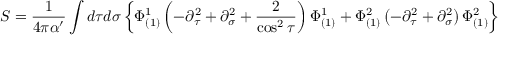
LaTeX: { \cal S } = \frac { 1 } { 4 \pi \alpha ^ { \prime } } \int d \tau d \sigma \left\{ \Phi _ { ( 1 ) } ^ { 1 } \left( - \partial _ { \tau } ^ { 2 } + \partial _ { \sigma } ^ { 2 } + \frac { 2 } { \cos ^ { 2 } \tau } \right) \Phi _ { ( 1 ) } ^ { 1 } + \Phi _ { ( 1 ) } ^ { 2 } \left( - \partial _ { \tau } ^ { 2 } + \partial _ { \sigma } ^ { 2 } \right) \Phi _ { ( 1 ) } ^ { 2 } \right\}